Maemoisa_(Sinalepa)_vallavalitsus, lk 44
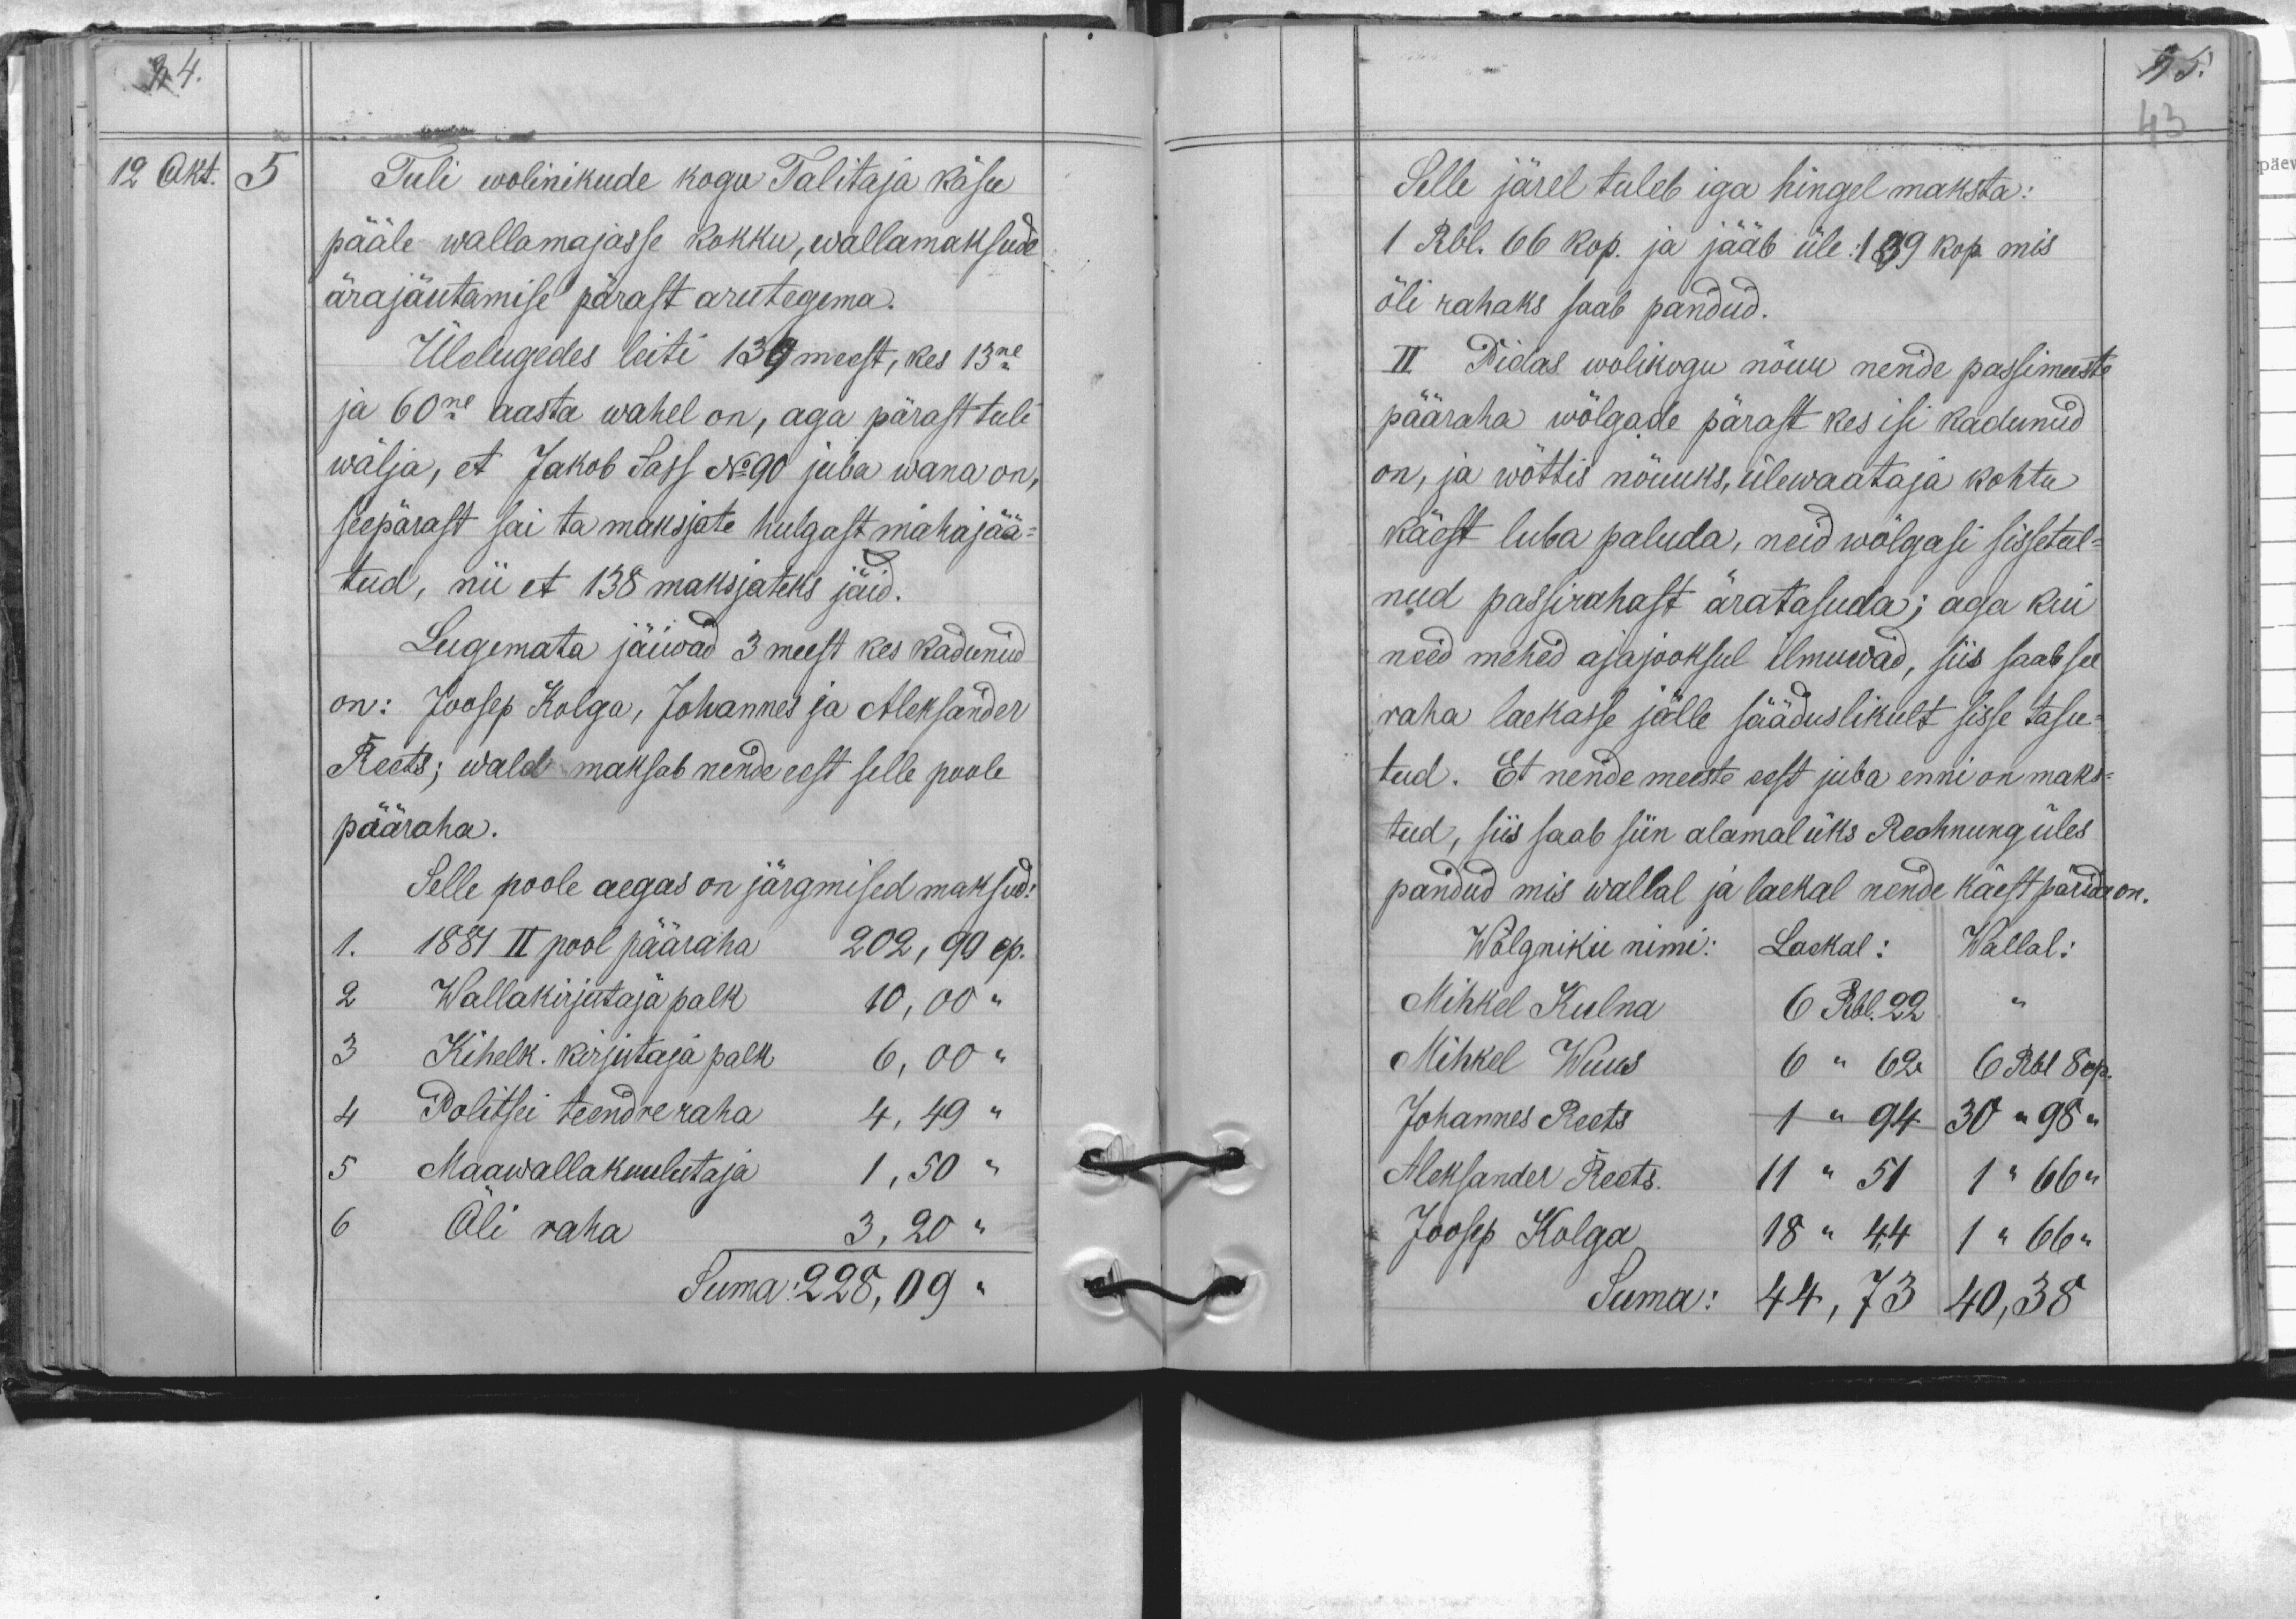
12 Okt.
5
Tuli wolinikude kogu Talitaja käsu
pääle wallamajasse kokku, wallamaksude
ärajäutamise pärast aru tegema.
Ülelugedes leiti 139 meest, kes 13ne
ja 60ne aasta wahel on, aga pärast tuli
wälja, et Jakob Sass No 90 juba wana on,
seepärast sai ta maksjate hulgast mahajää-
tud, nii et 138 maksjateks jäid.
Lugemata jäiwad 3 meest kes kadunud
on: Joosep Kolga, Johannes ja Aleksander
Reets; wald maksab nende eest selle poole
pääraha.
Selle poole aegas on järgmised maksud:
1. 1881 II pool pääraha 202,90 cp.
2 Wallakirjutaja palk 10,00 "
3 Kihelk. kirjutaja palk 6,00 "
4 Politsei teendre raha 4, 49 "
5 Maawallakuulutaja 1,50 "
6 Õli raha 3,20 "
Suma: 228, 09 "

Selle järel tuleb iga hingel maksta:
1 Rbl. 66 kop. ja jääb üle: 139 kop, mis
õli rahaks saab pandud.
II Pidas wolikogu nõuu nende passimeeste
pääraha wõlgade pärast kes isi kadunud
on, ja wõttis nõuuks, ülewaataja kohtu
käest luba paluda, neid wõlgasi sissetul-
nud passirahast äratasuda; aga kui
need mehed ajajooksul ilmuwad, siis saab see
raha laekasse jälle sääduslikult sisse tasu-
tud. Et nende meeste eest juba enni on maks-
tud, siis saab siin alamal üks Rechnung üles
pandud mis wallal ja laekal nende käest pärida on.
Wõlgniku nimi: Laekal: Wallal:
Mihkel Kulna 6 Rbl. 22
Mihkel Wuus 6 " 62 6 Rbl 8 cp.
Johannes Reets 1 " 94 30 " 98 "
Aleksander Reets. 11 " 51 " 1 " 66 "
Joosep Kolga 18 " 44 1 " 66 "
Suma: 44,73 40,38